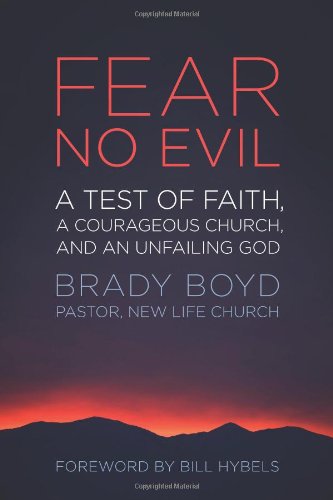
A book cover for Fear No Evil: A Test of Faith, a Courageous Church, and an Unfailing God; Brady Boyd; Religion & Spirituality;